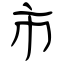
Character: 市